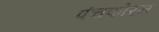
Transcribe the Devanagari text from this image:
पंचफोरन